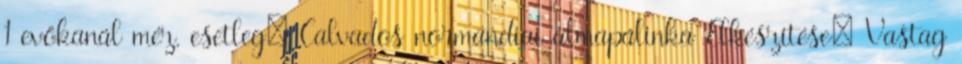
1 evőkanál méz, esetleg: Calvados normandiai almapálinka Elkészítése: Vastag